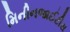
મિનીનજાઈટીસ